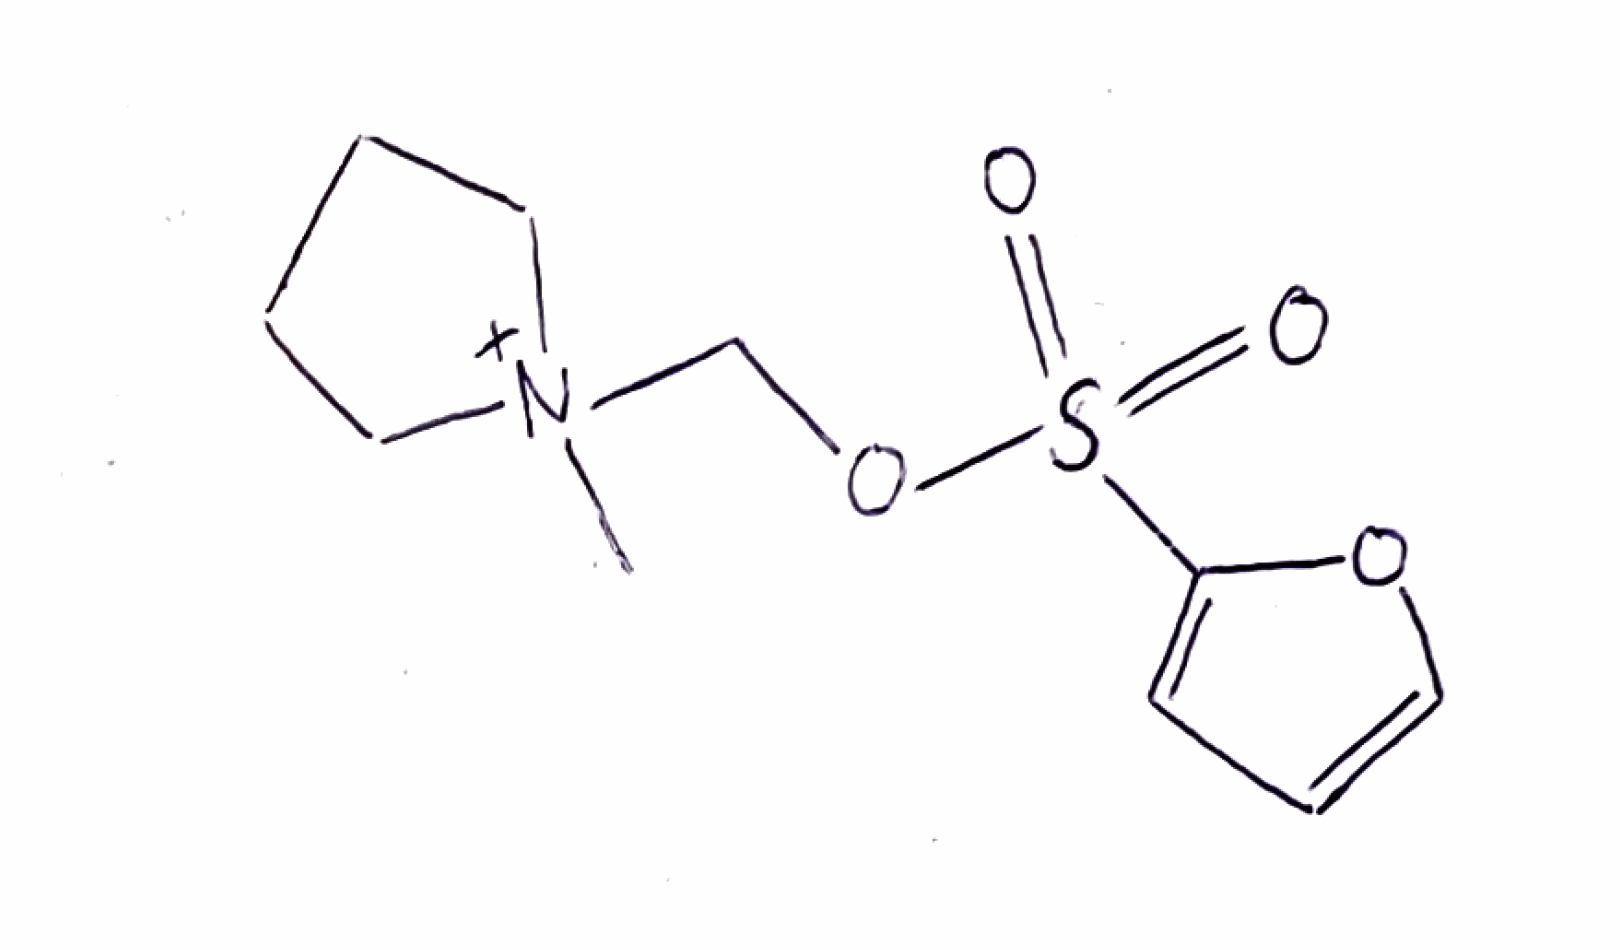
Simplified molecular-input line-entry system (SMILES) notation of the given molecule:
C[N+]1(CCCC1)COS(=O)(=O)C2=CC=CO2